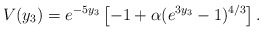
\begin{align*}V(y_3) = e^{-5y_3}\left[-1+\alpha(e^{3y_3}-1)^{4/3}\right].\end{align*}